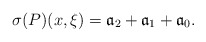
\begin{align*}\sigma (P)(x,\xi )=\mathfrak a_{2}+\mathfrak a_{1}+\mathfrak a_{0}.\end{align*}